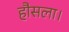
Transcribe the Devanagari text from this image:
हौसला।